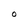
Character: O